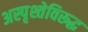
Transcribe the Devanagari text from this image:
अस्पृश्तेविरूद्ध